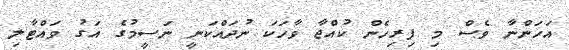
އަހަންނާ ވެސް މި ފިރިހެން ކުއްޖާ ވާހަކަ ނުދައްކަނީ ނަސީމުގެ އަގު ވައްޓާލި